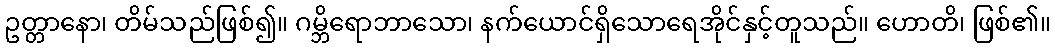
ဥတ္တာနော၊ တိမ်သည်ဖြစ်၍။ ဂမ္ဘိရောဘာသော၊ နက်ယောင်ရှိသောရေအိုင်နှင့်တူသည်။ ဟောတိ၊ ဖြစ်၏။